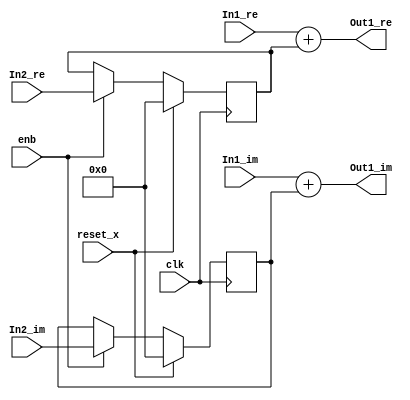
// -------------------------------------------------------------
// 
// 
// Generated by MATLAB 9.8 and HDL Coder 3.16
// 
// -------------------------------------------------------------


// -------------------------------------------------------------
// 
// Module: Complex_Sum3_block1
// Source Path: newhope_cambios/FDHT/DFT/DFT10 - block/DFT5-row 1/DFT5-3/Complex-Sum3
// Hierarchy Level: 5
// 
// -------------------------------------------------------------

`timescale 1 ns / 1 ns

module Complex_Sum3_block1
          (clk,
           reset_x,
           enb,
           In1_re,
           In1_im,
           In2_re,
           In2_im,
           Out1_re,
           Out1_im);


  input   clk;
  input   reset_x;
  input   enb;
  input   signed [36:0] In1_re;  // sfix37_En22
  input   signed [36:0] In1_im;  // sfix37_En22
  input   signed [36:0] In2_re;  // sfix37_En22
  input   signed [36:0] In2_im;  // sfix37_En22
  output  signed [36:0] Out1_re;  // sfix37_En22
  output  signed [36:0] Out1_im;  // sfix37_En22


  reg signed [36:0] Complex_to_Real_Imag2_out1;  // sfix37_En22
  wire signed [36:0] Sum_out1;  // sfix37_En22
  reg signed [36:0] Complex_to_Real_Imag2_out2;  // sfix37_En22
  wire signed [36:0] Sum1_out1;  // sfix37_En22


  always @(posedge clk)
    begin : delayMatch_process
      if (reset_x == 1'b1) begin
        Complex_to_Real_Imag2_out1 <= 37'sh0000000000;
      end
      else begin
        if (enb) begin
          Complex_to_Real_Imag2_out1 <= In2_re;
        end
      end
    end



  assign Sum_out1 = In1_re + Complex_to_Real_Imag2_out1;



  assign Out1_re = Sum_out1;

  always @(posedge clk)
    begin : delayMatch1_process
      if (reset_x == 1'b1) begin
        Complex_to_Real_Imag2_out2 <= 37'sh0000000000;
      end
      else begin
        if (enb) begin
          Complex_to_Real_Imag2_out2 <= In2_im;
        end
      end
    end



  assign Sum1_out1 = In1_im + Complex_to_Real_Imag2_out2;



  assign Out1_im = Sum1_out1;

endmodule  // Complex_Sum3_block1